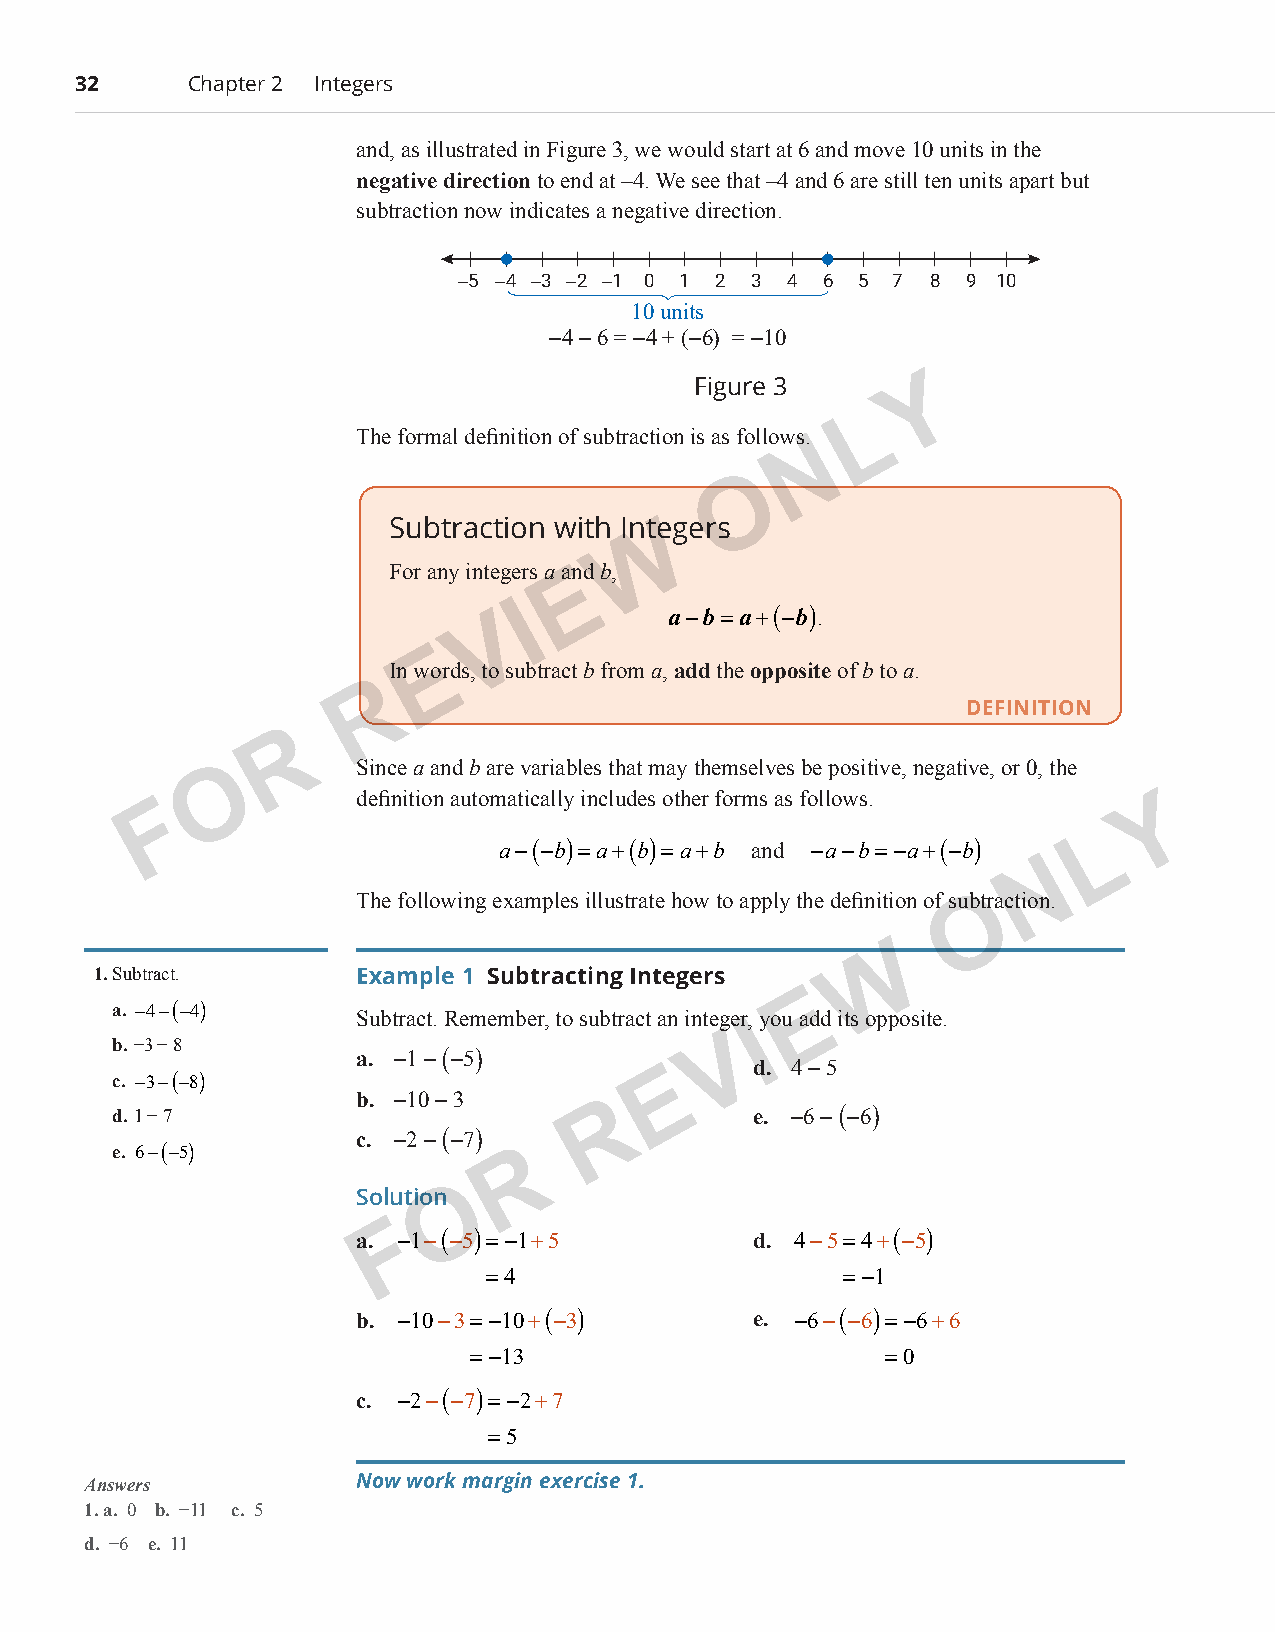
32      Chapter 2 Integers
 and, as illustrated in Figure 3, we would start at 6 and move 10 units in the
 negative direction to end at –4. We see that –4 and 6 are still ten units apart but
 subtraction now indicates a negative direction.
 −5 −4 −3 −2 −1 0 1 2 3 4 6 5 7 8 9 10
 10 units
 −4 − 6 = −4 + (−6) = −10
 Figure 3       Y
 L
 The formal definition of subtraction is as follows.
 N
 O
 Subtraction with InWtegers
 For any integers a aEnd b,
 V
 I        a−b=a+(−b).
 E
 In words, to subtract b from a, add the opposite of b to a.
 R
 DEFINITION
 R
 O         Since a and b are variables that may themselves be positive, negative, or 0, the
 F            definition automatically includes other forms as follows. Y
 L
 a−(−b)=a+(b)=a+b and −a−b=−a+(−b)
 N
 The following examples illustrate how to apply the definition of suObtraction.
 W
 1. Subtract.      Example 1 Subtracting Integers
 E
 a. −4−(−4)
 Subtract. Remember, to subtract an integer, you add its opposite.
 I
 b. −3 − 8                               V
 a. −1 − (−5)
 d. 4 − 5
 c. −3−(−8)                          E
 b. −10 − 3
 d. 1 − 7                        R         e. −6 − (−6)
 c. −2 − (−7)
 e. 6−(−5)                 R
 O
 Solution
 F
 a. −1−(−5)=−1+5           d. 4−5=4+(−5)
 =4                      =−1
 b. −10−3=−10+(−3)         e. −6−(−6)=−6+6
 =−13                        =0
 c. −2−(−7)=−2+7
 =5
 Answers           Now work margin exercise 1.
 1. a. 0 b. −11 c. 5
 d. −6 e. 11
 PCM_Marketing_Booklet.indb 32                                            10/11/2017 9:59:11 AM